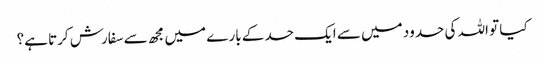
کیا تو اللہ کی حدود میں سے ایک حد کے بارے میں مجھ سے سفارش کرتا ہے؟